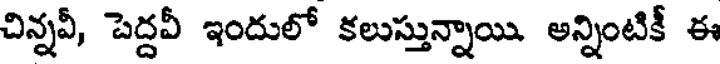
చిన్నవీ, పెద్దవీ ఇందులో కలుస్తున్నాయి. అన్నింటికీ ఈ